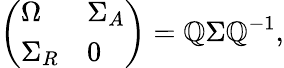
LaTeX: \left(\begin{array}{ll}{{\Omega}}&{{\Sigma_{A}}}\\ {{\Sigma_{R}}}&{{0}}\end{array}\right)=\mathbb{Q}\Sigma\mathbb{Q}^{-1},